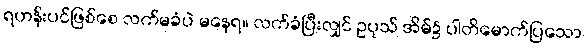
ရဟန်းပင်ဖြစ်စေ လက်မခံပဲ မနေရ။ လက်ခံပြီးလျှင် ဥပုသ် အိမ်၌ ပါတိမောက်ပြသော